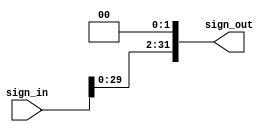
module shift_left_2(
    input wire [31:0] sign_in,
    output wire [31:0] sign_out 
);

    assign sign_out = sign_in << 2;

endmodule